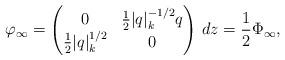
LaTeX: \begin{align*}\varphi_\infty = \begin{pmatrix}0 & \frac 12 |q|_k^{-1/2} q \\ \tfrac{1}{2} |q|_k^{1/2} & 0\end{pmatrix}\, dz = \frac{1}{2} \Phi_\infty, \end{align*}